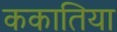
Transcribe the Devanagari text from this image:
ककातिया